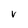
Character: V